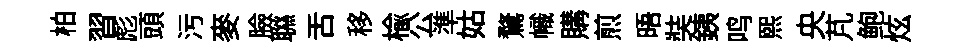
柏習彪頭污麥臉聮舌移榆公準姑鶩幟購煎晤奘銕鸣煕央芃鲍炫